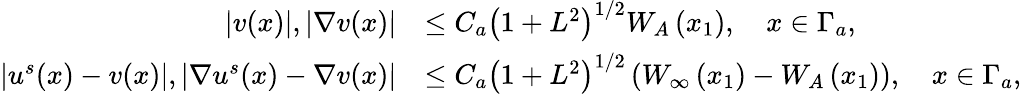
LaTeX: \begin{array}{rl}{|v(x)|,|\nabla v(x)|}&{\leq C_{a}\left(1+L^{2}\right)^{1/2}W_{A}\left(x_{1}\right),\quad x\in\Gamma_{a},}\\ {|u^{s}(x)-v(x)|,|\nabla u^{s}(x)-\nabla v(x)|}&{\leq C_{a}\left(1+L^{2}\right)^{1/2}\left(W_{\infty}\left(x_{1}\right)-W_{A}\left(x_{1}\right)\right),\quad x\in\Gamma_{a},}\end{array}